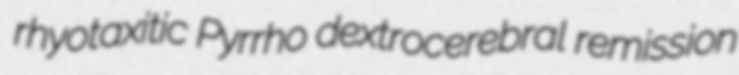
rhyotaxitic Pyrrho dextrocerebral remission